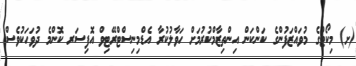
(ށ) މިކޯޓުގެ މުވައްޒަފުންގެ ކަންކަން އިންތިޒާމްކުރުމަށް ހަވާލުކުރާ އެޑްމިނިސްޓްރޭޓިވް އޮފިސަރ ކޮންމެ ދުވަހަކުވެސް